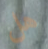
هل